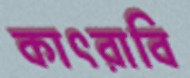
কাৎরাবি